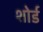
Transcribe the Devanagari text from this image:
शोर्ड